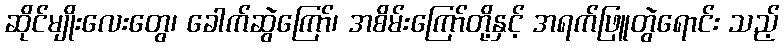
ဆိုင်မျိုးလေးတွေ၊ ခေါက်ဆွဲကြော်၊ အစိမ်းကြော်တို့နှင့် အရက်ဖြူတွဲရောင်း သည့်